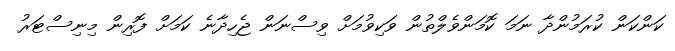
ކަންކަން ކުރަމުންދާ ނަމަ ކޮމަންވެލްތުން ވަކިވުމަށް ވިސްނަން ޖެހިދާނެ ކަމަށް ފޮރިން މިނިސްޓަރު